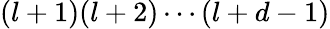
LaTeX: (l+1)(l+2)\cdots(l+d-1)